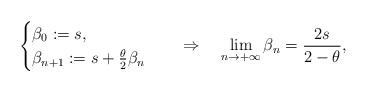
LaTeX: \begin{align*}\begin{cases}\beta_0:=s,\\\beta_{n+1}:=s+\frac{\theta}{2}\beta_n\end{cases}\quad\Rightarrow\quad\lim_{n\to +\infty}\beta_n= \frac{2s}{2-\theta},\end{align*}